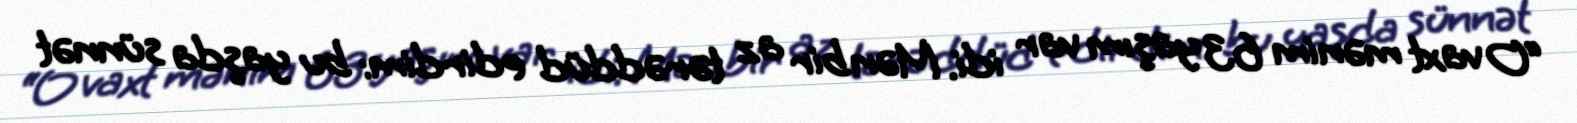
“O vaxt mənim 63 yaşım var idi. Mən bir az tərəddüd edirdim: bu yaşda sünnət